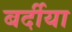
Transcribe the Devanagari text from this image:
बर्दीया